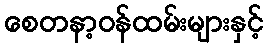
စေတနာ့ဝန်ထမ်းများနှင့်